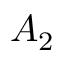
A _ { 2 }